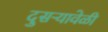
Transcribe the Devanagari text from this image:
दुसऱ्यावेळी